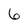
Character: 6